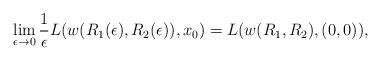
LaTeX: \begin{align*}\lim_{\epsilon \to 0} \frac{1}{\epsilon} L(w(R_1(\epsilon), R_2(\epsilon)),x_0) = L(w(R_1, R_2),(0,0)),\end{align*}